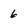
Character: 6